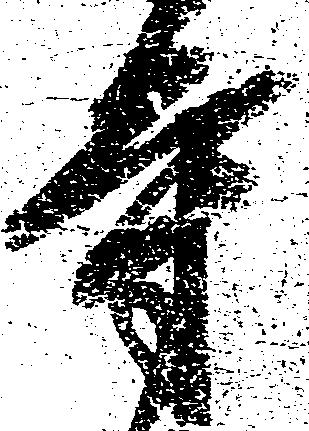
寺